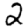
Digit: 2